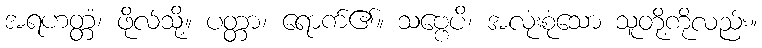
အရဟတ္တံ၊ ဖိုလ်သို့။ ပတ္တာ၊ ရောက်၏။ သဗ္ဗေပိ၊ အလုံးစုံသော သူတို့ကိုလည်း။